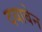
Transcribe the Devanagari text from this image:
दयाबेन